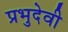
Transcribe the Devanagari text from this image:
प्रभुदेवी